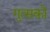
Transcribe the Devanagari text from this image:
गुत्सको